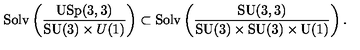
\mathrm { S o l v } \left( \frac { \mathrm { U S p } ( 3 , 3 ) } { \mathrm { S U } ( 3 ) \times { U } ( 1 ) } \right) \subset \mathrm { S o l v } \left( \frac { \mathrm { S U } ( 3 , 3 ) } { \mathrm { S U } ( 3 ) \times \mathrm { S U } ( 3 ) \times \mathrm { U } ( 1 ) } \right) .